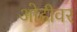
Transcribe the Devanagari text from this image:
ओढीवर